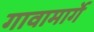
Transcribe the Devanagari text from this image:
गावामार्गे